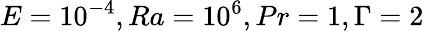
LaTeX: E=10^{-4},Ra=10^{6},Pr=1,\Gamma=2